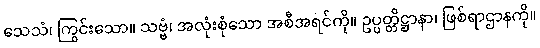
သေသံ၊ ကြွင်းသော။ သဗ္ဗံ၊ အလုံးစုံသော အစီအရင်ကို။ ဥပ္ပတ္တိဋ္ဌာနာ၊ ဖြစ်ရာဌာနကို။